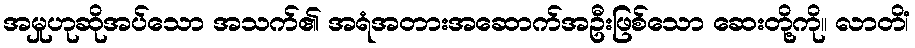
အမှုဟုဆိုအပ်သော အသက်၏ အရံအတားအဆောက်အဦးဖြစ်သော ဆေးတို့ကို။ လာတိံ၊